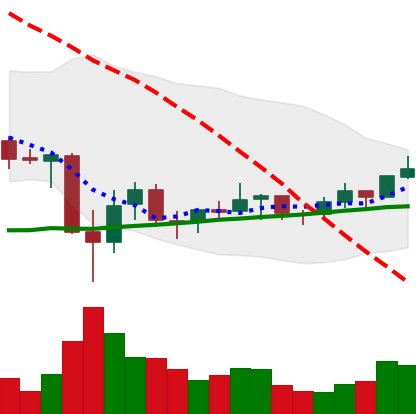
Ticker: BNB-USD
Chart end date: 2021-07-07
Forward return: -3.418%
Label: down_3_5